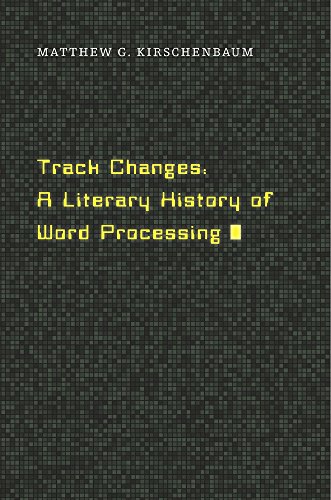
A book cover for Track Changes: A Literary History of Word Processing; Matthew G. Kirschenbaum; Engineering & Transportation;